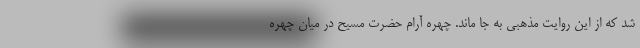
شد که از این روایت مذهبی به جا ماند. چهره آرام حضرت مسیح در میان چهره